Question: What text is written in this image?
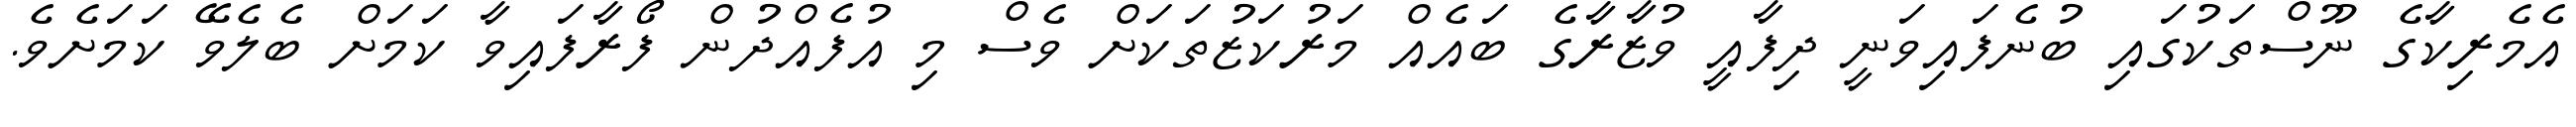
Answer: އެމެރިކާގެ ނޫސްތަކުގައި ބުނެފައިވަނީ ދިފާއީ ވުޒާރާގެ ބައެއް މަރުކަޒުތަކަށް ވެސް މި އުފެއްދުން ފޯރާފައިވާ ކަމަށް ބެލެވޭ ކަމަށެވެ.